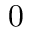
0